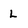
Character: L